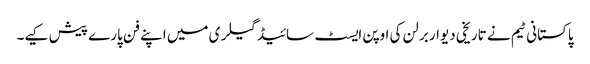
پاکستانی ٹیم نے تاریخی دیوار برلن کی اوپن ایسٹ سائیڈ گیلری میں اپنے فن پارے پیش کیے۔